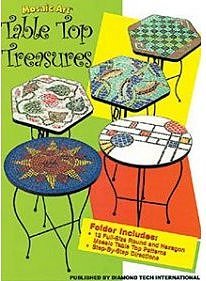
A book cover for MOSAIC ART: TABLE TOP TREASURES Mosaic Pattern Book; Diamond Tech International; Arts & Photography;